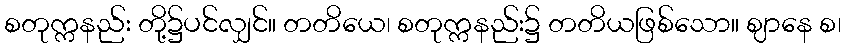
စတုက္ကနည်း တို့၌ပင်လျှင်။ တတိယေ၊ စတုက္ကနည်း၌ တတိယဖြစ်သော။ ဈာနေ စ၊